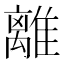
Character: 離